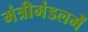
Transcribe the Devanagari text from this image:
मंत्रीमंडलमें